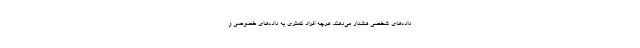
داده‌های شخصی هشدار می‌دهند. هرچه افراد کمتری به داده‌های خصوصی و